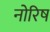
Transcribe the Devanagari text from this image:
नोरिष